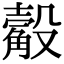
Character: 觳